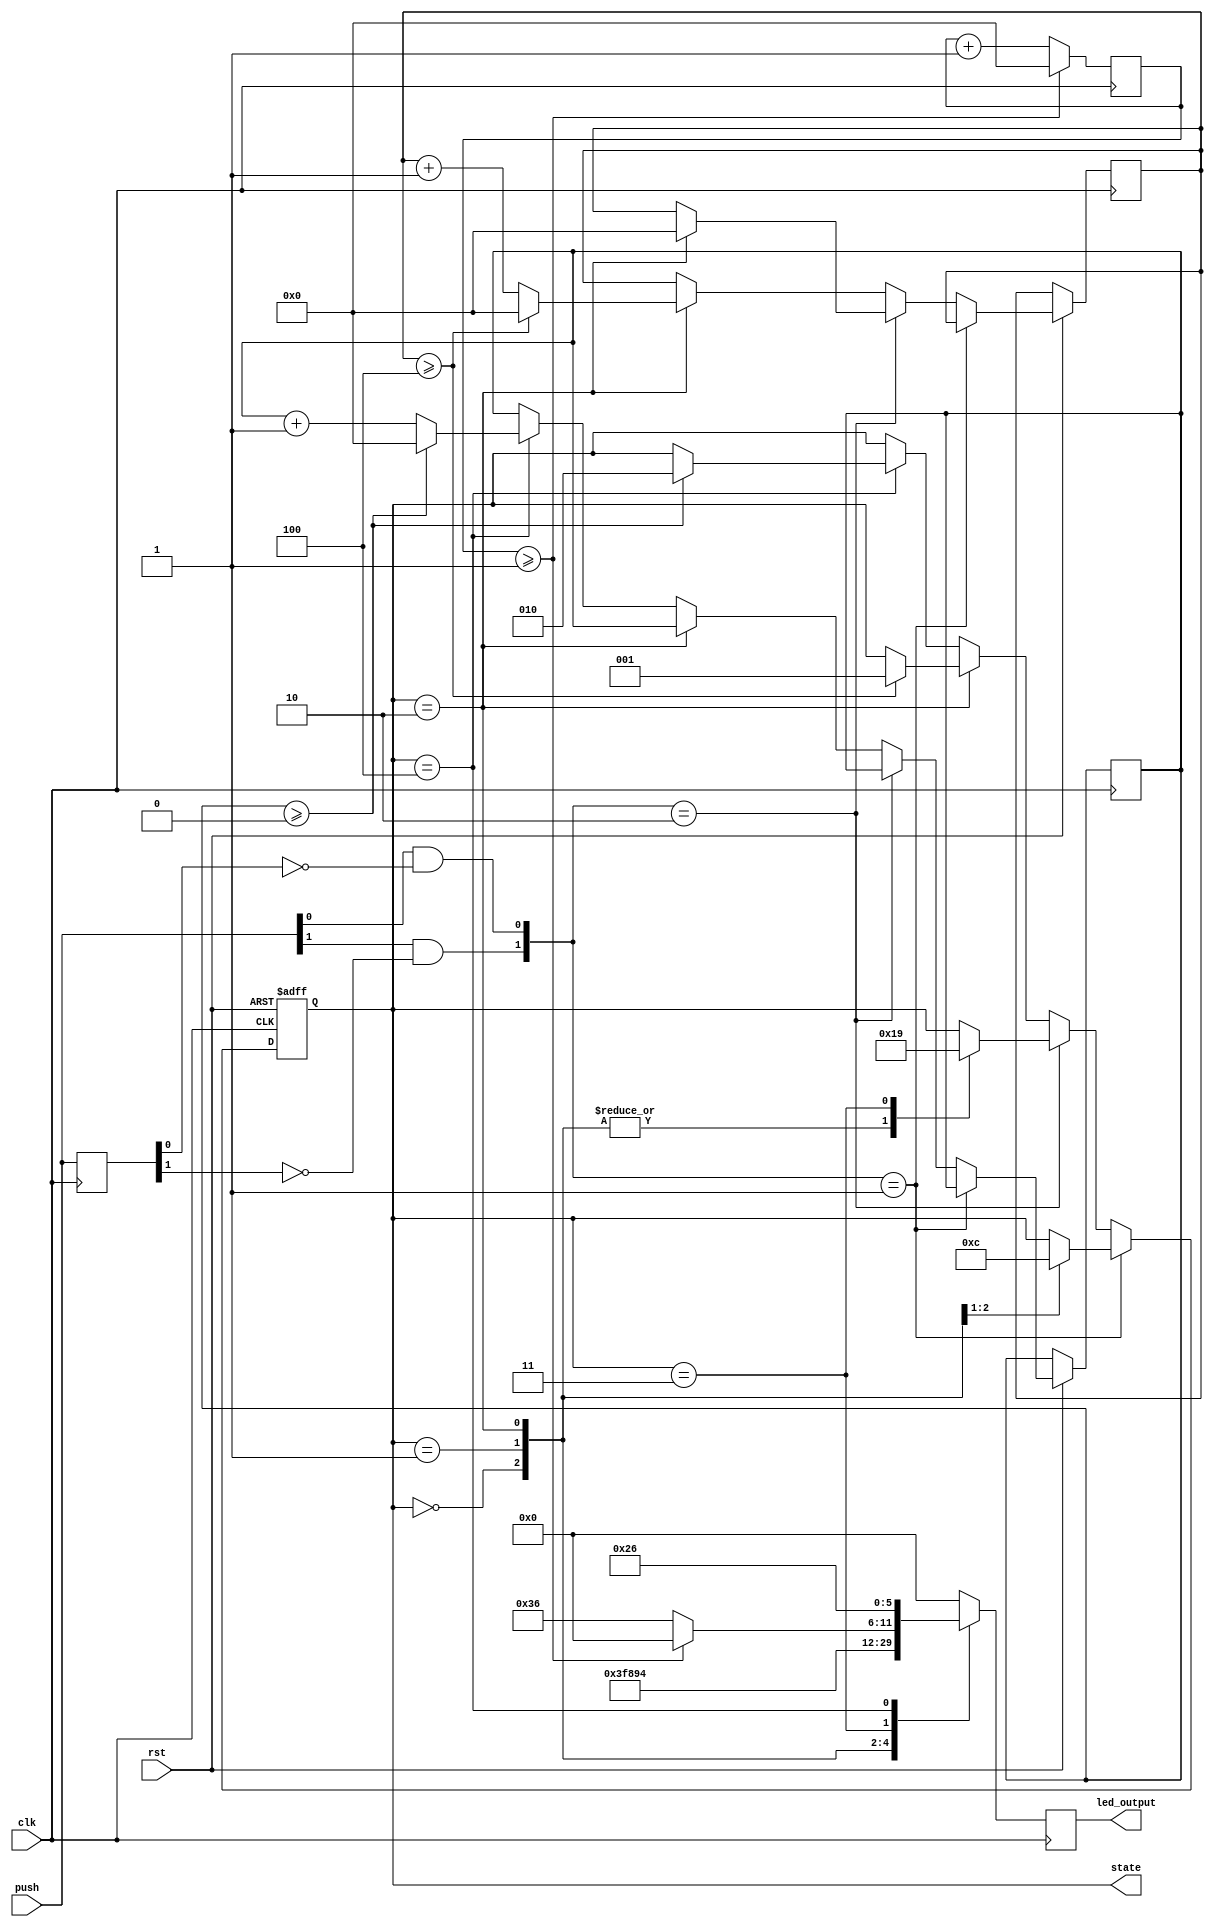
`timescale 1ns / 1ps

module rgb_fsm_2(
    input clk,
    input rst,
    input[1:0] push,
    output reg[2:0] state,
    output reg[5:0] led_output
    );
    reg[1:0] push_reg;
    wire[1:0] push_button;
    
    parameter S0 = 3'b000;
    parameter S1 = 3'b001;
    parameter S2 = 3'b010;
    parameter S3 = 3'b011;
    parameter S4 = 3'b100;
    
    reg[31:0] clkcnt1 = 0;
    reg[31:0] clkcnt2 = 0;
    reg[31:0] clkcnt3 = 0;
    
    always@(posedge clk) begin
        push_reg <= push;
    end 
    
    assign push_button[0] = push[0] & ~push_reg[0];
    assign push_button[1] = push[1] & ~push_reg[1];
    
    //state transition
    always@(posedge clk or negedge rst) begin
        if(!rst) state <= S0;
        else if(push_button == 2'b01) begin
            case(state)
                S0 : state <= S1;
                S1 : state <= S4;
                default : state <= state;
            endcase
        end
        else if(push_button == 2'b10) begin
            case(state)
                S0 : state <= S3;
                S1 : state <= S3;
                S2 : begin
                        state <= S3;
                        clkcnt1 <= 0;
                     end
                S3 : state <= S1;
                default : state <= state;
            endcase
        end
        else if (state == S2) begin
            clkcnt1 <= clkcnt1 + 1;
            if (clkcnt1 >= 32'd4) begin
                clkcnt1 <= 0;
                state <= S1;
            end
        end
        else if (state == S4) begin
            clkcnt2 <= clkcnt2 + 1;
            if(clkcnt2 >= 32'd0) begin
                clkcnt2 <= 0;
                state <= S2;
            end
        end
        else
            state <= state;
    end
    
    //output operation
    always@(posedge clk) begin
        clkcnt3 <= clkcnt3 + 1;
        if (clkcnt3 >= 32'd1) clkcnt3 <= 0;
        case (state)
            S0 : led_output <= 6'b111_111;
            S1 : led_output <= 6'b100_010;
            S2 : led_output <= 6'b010_100;
            S3 : begin
                    if(clkcnt3 >= 32'd1) led_output <= 6'b000_000;
                    else led_output <= 6'b110_110;
                 end
            S4 : led_output <= 6'b100_110;
            default : led_output = 6'b000_000;
        endcase
    end
endmodule